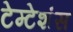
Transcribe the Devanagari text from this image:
टेम्टेशंस